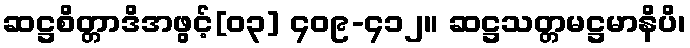
ဆဋ္ဌစိတ္တာဒိအဖွင့်[၀၃] ၄၀၉-၄၁၂။ ဆဋ္ဌသတ္တမဋ္ဌမာနိပိ၊